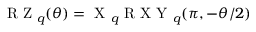
\begin{array} { r } { \mathrm { ~ R ~ Z ~ } _ { q } ( \theta ) = \mathrm { ~ X ~ } _ { q } \mathrm { ~ R ~ X ~ Y ~ } _ { q } ( \pi , - \theta / 2 ) } \end{array}